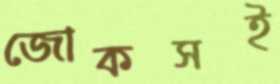
জোকসই